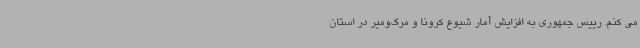
می کنم. رییس جمهوری به افزایش آمار شیوع کرونا و مرگ‌ومیر در استان